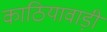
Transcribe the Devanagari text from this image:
काठियावाड़ी